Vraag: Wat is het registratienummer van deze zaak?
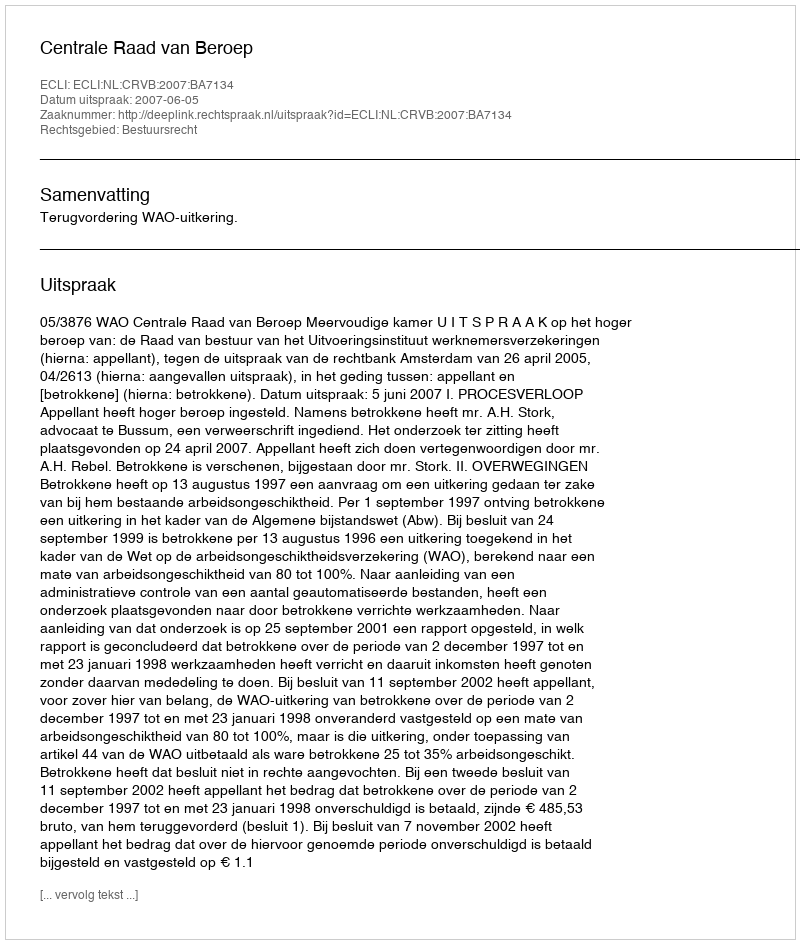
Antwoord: http://deeplink.rechtspraak.nl/uitspraak?id=ECLI:NL:CRVB:2007:BA7134